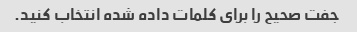
جفت صحیح را برای کلمات داده شده انتخاب کنید.